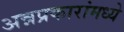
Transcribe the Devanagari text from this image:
अन्नप्रकारांमध्ये